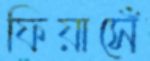
ফিয়াসেঁ